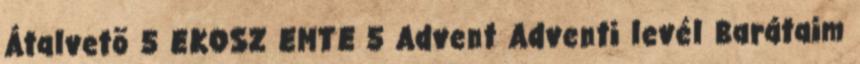
Átalvetõ 5 EKOSZ EMTE 5 Advent Adventi levél Barátaim